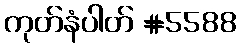
ကုတ်နံပါတ် #5588